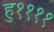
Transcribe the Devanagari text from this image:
हु११११